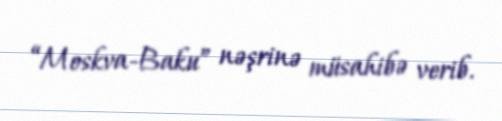
“Moskva-Baku” nəşrinə müsahibə verib.